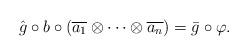
LaTeX: \begin{align*}\hat{g}\circ b\circ(\overline{a_1}\otimes\dots\otimes\overline{a_n}) = \bar{g}\circ\varphi.\end{align*}